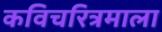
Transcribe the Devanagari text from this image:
कविचरित्रमाला